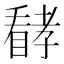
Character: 𱳈